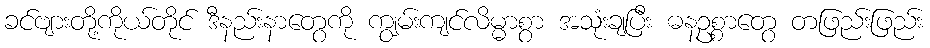
ခင်ဗျားတို့ကိုယ်တိုင် ဒီနည်းနာတွေကို ကျွမ်းကျင်လိမ္မာစွာ အသုံးချပြီး ဓနဥစ္စာတွေ တဖြည်းဖြည်း